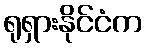
ရုရှားနိုင်ငံက